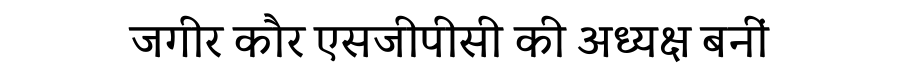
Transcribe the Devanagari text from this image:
जगीर कौर एसजीपीसी की अध्यक्ष बनीं